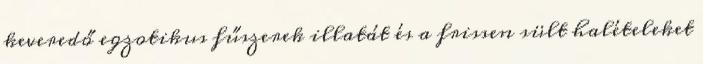
keveredő egzotikus fűszerek illatát és a frissen sült halételeket